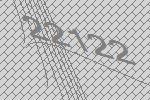
22122